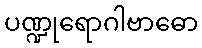
ပဏ္ဍုရောဂါဗာဓော